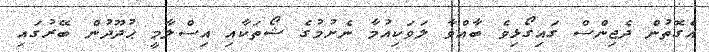
އެގޮތުން ދެޖިންސް ގައިގޯޅިވެ ބާއްވާ ލަވަކިއުމާ ނެށުމުގެ ޝޯތަކާއި އިސްލާމީ ޙުދޫދުން ބޭރުގައި